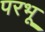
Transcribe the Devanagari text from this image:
परभू